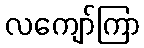
လကျော်ကြာ